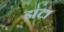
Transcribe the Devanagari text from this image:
झटा